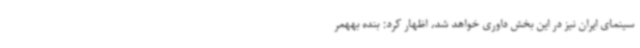
سینمای ایران نیز در این بخش داوری خواهد شد، اظهار کرد: بنده بههمر